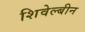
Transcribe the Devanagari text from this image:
शिवेल्बीन